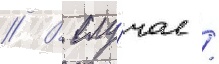
// В слу́чае /